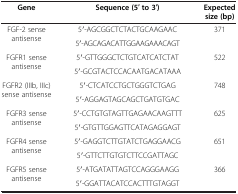
| Gene | Sequence (5′ to 3′) | Expected size (bp) |
 | --- | --- | --- |
 | FGF-2 sense antisense | 5′-AGCGGCTCTACTGCAAGAAC | 371 |
 |  | 5′-AGCAGACATTGGAAGAAACAGT |  |
 | FGFR1 sense antisense | 5′-GTTGGGCTCTGTCATCATCTAT | 522 |
 |  | 5′-GCGTACTCCACAATGACATAAA |  |
 | FGFR2 (IIIb, IIIc) sense antisense | 5′-CTCATCCTGCTGGGTCTGAG | 748 |
 |  | 5′-AGGAGTAGCAGCTGATGTGAC |  |
 | FGFR3 sense antisense | 5′-CCTGTGTAGTTGAGAACAAGTTT | 625 |
 |  | 5′-GTGTTGGAGTTCATAGAGGAGT |  |
 | FGFR4 sense antisense | 5′-GAGGTCTTGTATCTGAGGAACG | 651 |
 |  | 5′-GTTCTTGTGTCTTCCGATTAGC |  |
 | FGFR5 sense antisense | 5′-ATGATATTAGTCCAGGGAAGG | 366 |
 |  | 5′-GGATTACATCCACTTTGTAGGT |  |